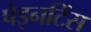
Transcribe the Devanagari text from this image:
पेइनटिंस